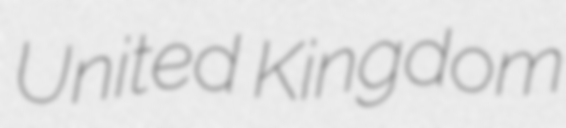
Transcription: United Kingdom